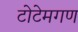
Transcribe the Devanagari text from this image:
टोटेमगण